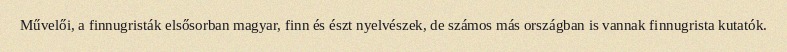
Művelői, a finnugristák elsősorban magyar, finn és észt nyelvészek, de számos más országban is vannak finnugrista kutatók.